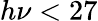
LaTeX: h\nu<27